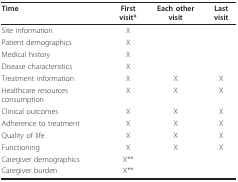
<table><thead><tr><td><b>Time</b></td><td><b>First visit*</b></td><td><b>Each other visit</b></td><td><b>Last visit</b></td></tr></thead><tbody><tr><td>Site information</td><td>X</td><td></td><td></td></tr><tr><td>Patient demographics</td><td>X</td><td></td><td></td></tr><tr><td>Medical history</td><td>X</td><td></td><td></td></tr><tr><td>Disease characteristics</td><td>X</td><td></td><td></td></tr><tr><td>Treatment information</td><td>X</td><td>X</td><td>X</td></tr><tr><td>Healthcare resources consumption</td><td>X</td><td>X</td><td>X</td></tr><tr><td>Clinical outcomes</td><td>X</td><td>X</td><td>X</td></tr><tr><td>Adherence to treatment</td><td>X</td><td>X</td><td>X</td></tr><tr><td>Quality of life</td><td>X</td><td>X</td><td>X</td></tr><tr><td>Functioning</td><td>X</td><td>X</td><td>X</td></tr><tr><td>Caregiver demographics</td><td>X**</td><td></td><td></td></tr><tr><td>Caregiver burden</td><td>X**</td><td></td><td></td></tr></tbody></table>